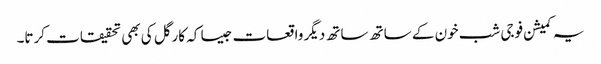
یہ کمیشن فوجی شب خون کے ساتھ ساتھ دیگر واقعات جیسا کہ کارگل کی بھی تحقیقات کرتا۔